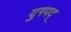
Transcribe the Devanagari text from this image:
युगपद्